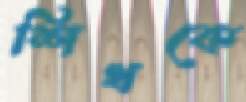
শিখকে